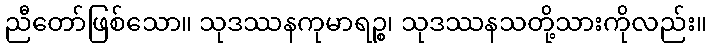
ညီတော်ဖြစ်သော။ သုဒဿနကုမာရဉ္စ၊ သုဒဿနသတို့သားကိုလည်း။